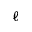
\ell